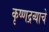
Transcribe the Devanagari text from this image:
कृष्णद्रव्याचे